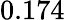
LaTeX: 0.174